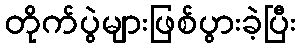
တိုက်ပွဲများဖြစ်ပွားခဲ့ပြီး